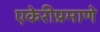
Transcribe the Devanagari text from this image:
एकेरीप्रमाणे